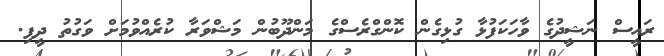
ރައީސް ނަޝީދުގެ ވާހަކަފުޅާ ގުޅިގެން ކޮންގްރެސްގެ މަންދޫބުން މަޝްވަރާ ކުރެއްވުމަށް ވަގުތު ދީފި.